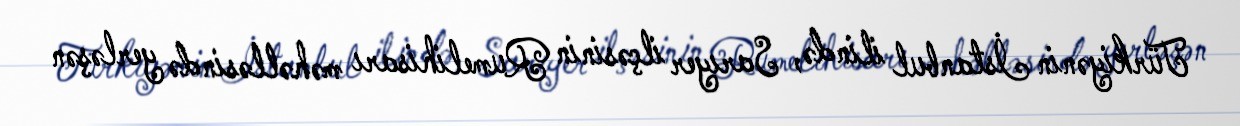
Türkiyənin İstanbul ilində, Sarıyer ilçəsinin Rumelihisarı məhəlləsində yerləşən